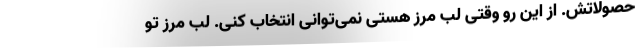
حصولاتش. از این رو وقتی لب مرز هستی نمی‌توانی انتخاب کنی. لب مرز تو